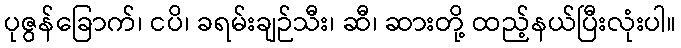
ပုဇွန်ခြောက်၊ ငပိ၊ ခရမ်းချဉ်သီး၊ ဆီ၊ ဆားတို့ ထည့်နယ်ပြီးလုံးပါ။